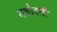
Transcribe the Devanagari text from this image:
यशोवती